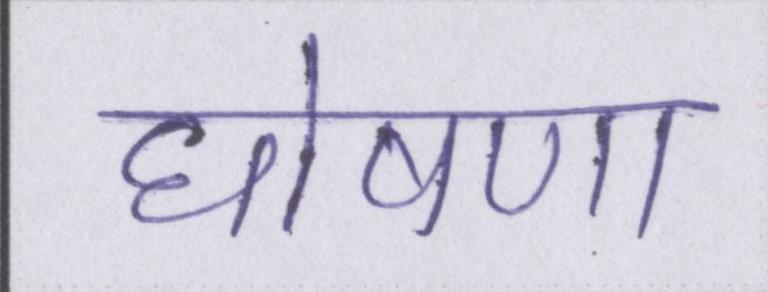
घोषणा